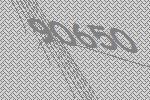
90650